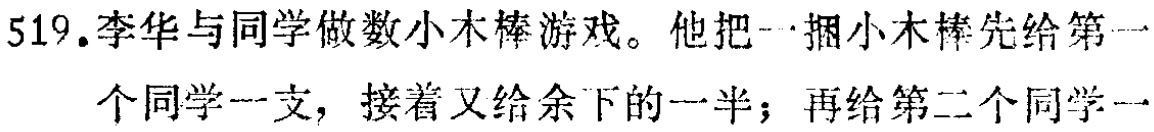
519.李华与同学做数小木棒游戏。他把一捆小木棒先给第一个同学一支，接着又给余下的一半；再给第二个同学一